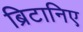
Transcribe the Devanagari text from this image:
ब्रिटानिए